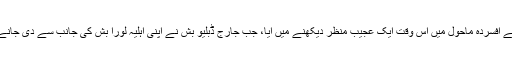
جان مک کین کے آخری رسومات کے افسردہ ماحول میں اس وقت ایک عجیب منظر دیکھنے میں آیا، جب جارج ڈبلیو بش نے اپنی اہلیہ لورا بش کی جانب سے دی جانے والی ٹافیاں مشعل اوباما کو تھمائیں۔